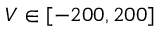
V \in [ - 2 0 0 , 2 0 0 ]